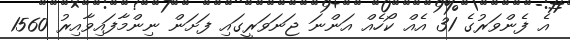
އެ ފެންވަރުގެ 31 އެއް ކޯހެއް އަންނަ ޖަނަވަރީގައި ފަށަން ނިންމާފައިވާއިރު 1560